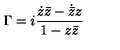
\Gamma = i \frac { \dot { z } \bar { z } - \dot { \bar { z } } z } { 1 - z \bar { z } }